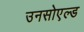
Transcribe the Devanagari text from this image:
उनसोएल्ड